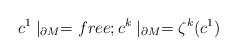
LaTeX: \begin{align*}c^{1}\mid _{\partial M}=free;c^{k}\mid _{\partial M}=\zeta ^{k}(c^{1})\end{align*}